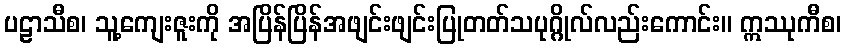
ပဠာသီစ၊ သူ့ကျေးဇူးကို အပြိန်ပြိန်အဖျင်းဖျင်းပြုတတ်သပုဂ္ဂိုလ်လည်းကောင်း။ ဣဿုကီစ၊